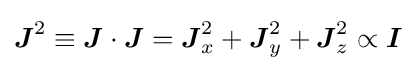
{\boldsymbol {J}}^{2}\equiv {\boldsymbol {J}}\cdot {\boldsymbol {J}}={\boldsymbol {J}}_{x}^{2}+{\boldsymbol {J}}_{y}^{2}+{\boldsymbol {J}}_{z}^{2}\propto {\boldsymbol {I}}